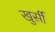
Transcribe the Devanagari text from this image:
खुर्सी